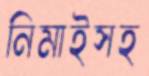
নিমাইসহ